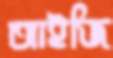
আইজি